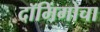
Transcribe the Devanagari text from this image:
दॉमिंगोचा